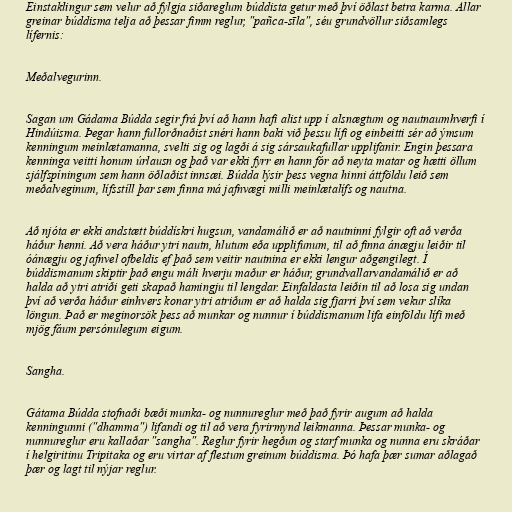
Einstaklingur sem velur að fylgja siðareglum búddista getur með því öðlast betra karma. Allar
greinar búddisma telja að þessar fimm reglur, "pañca-sīla", séu grundvöllur siðsamlegs
lífernis:

Meðalvegurinn.

Sagan um Gádama Búdda segir frá því að hann hafi alist upp í alsnægtum og nautnaumhverfi í
Hindúisma. Þegar hann fullorðnaðist snéri hann baki við þessu lífi og einbeitti sér að ýmsum
kenningum meinlætamanna, svelti sig og lagði á sig sársaukafullar upplifanir. Engin þessara
kenninga veitti honum úrlausn og það var ekki fyrr en hann fór að neyta matar og hætti öllum
sjálfspíningum sem hann öðlaðist innsæi. Búdda lýsir þess vegna hinni áttföldu leið sem
meðalveginum, lífsstíll þar sem finna má jafnvægi milli meinlætalífs og nautna.

Að njóta er ekki andstætt búddískri hugsun, vandamálið er að nautninni fylgir oft að verða
háður henni. Að vera háður ytri nautn, hlutum eða upplifunum, til að finna ánægju leiðir til
óánægju og jafnvel ofbeldis ef það sem veitir nautnina er ekki lengur aðgengilegt. Í
búddismanum skiptir það engu máli hverju maður er háður, grundvallarvandamálið er að
halda að ytri atriði geti skapað hamingju til lengdar. Einfaldasta leiðin til að losa sig undan
því að verða háður einhvers konar ytri atriðum er að halda sig fjarri því sem vekur slíka
löngun. Það er meginorsök þess að munkar og nunnur í búddismanum lifa einföldu lífi með
mjög fáum persónulegum eigum.

Sangha.

Gátama Búdda stofnaði bæði munka- og nunnureglur með það fyrir augum að halda
kenningunni ("dhamma") lifandi og til að vera fyrirmynd leikmanna. Þessar munka- og
nunnureglur eru kallaðar "sangha". Reglur fyrir hegðun og starf munka og nunna eru skráðar
í helgiritinu Tripitaka og eru virtar af flestum greinum búddisma. Þó hafa þær sumar aðlagað
þær og lagt til nýjar reglur.